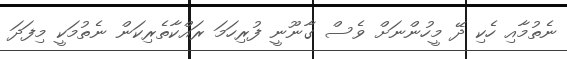
ނެތުމާއި ހެކި ދޭ މީހުންނަށް ވެސް ގާނޫނީ ފުރިހަމަ ރައްކާތެރިކަން ނެތުމަކީ މިފަދަ